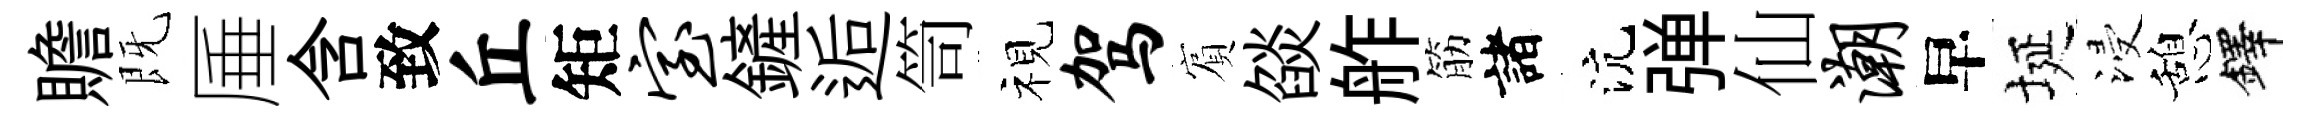
贍既厜含致丘矩室鏟逅笥视驾賔燄舴筋諸沆弹仙潮早埏浸憩鐸